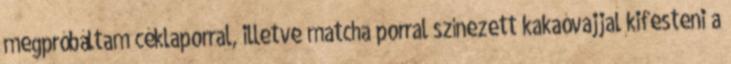
megpróbáltam céklaporral, illetve matcha porral színezett kakaóvajjal kifesteni a